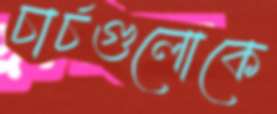
চার্চগুলোকে